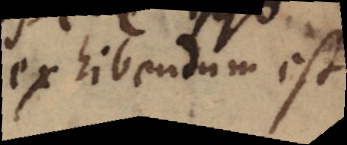
exhibendum est